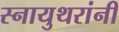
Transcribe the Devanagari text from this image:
स्नायुथरांनी